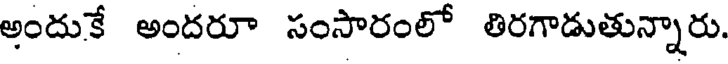
అందుకే అందరూ సంసారంలో తిరగాడుతున్నారు.